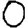
Digit: 0